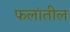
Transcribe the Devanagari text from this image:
फलांतील